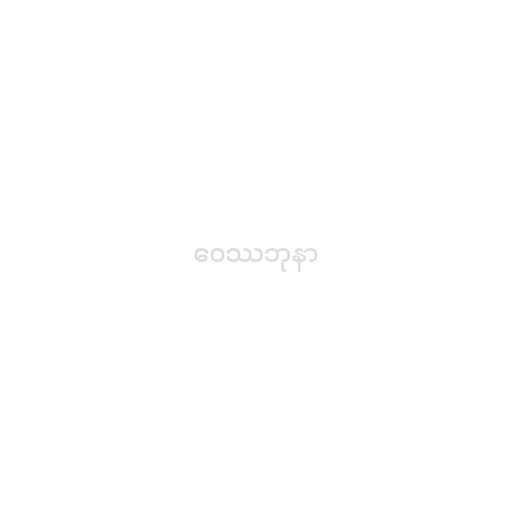
ဝေဿဘုနာ